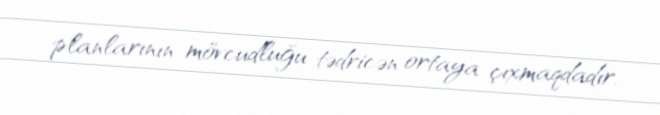
planlarının mövcudluğu tədricən ortaya çıxmaqdadır.